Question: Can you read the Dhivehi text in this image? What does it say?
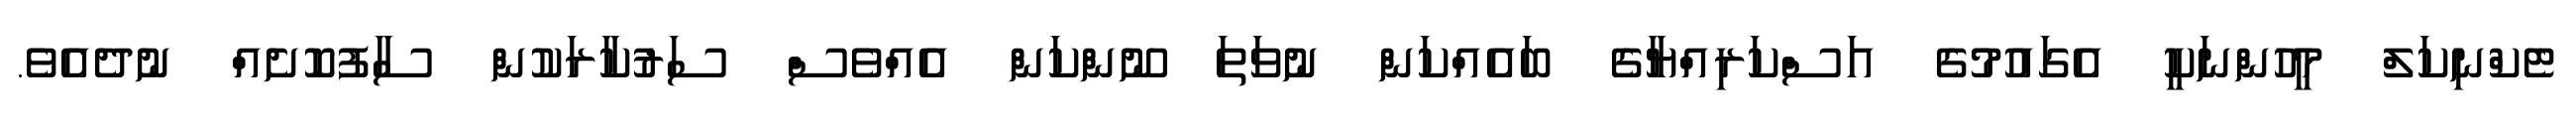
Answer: ޓެކްނިކަލް މީހުންނަކީ އެގައުމުގެ އަސްކަރިއްޔާގެ ބައެއްކަން ނުވަތަ ނޫންކަން އެއްވެސް ސަރުކާރަކުން ސާފުކޮށެއް ނުދެއެވެ.